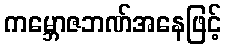
ကမ္ဘောဇဘဏ်အနေဖြင့်